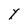
Character: Y